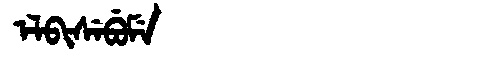
Manchu: ᡝᠯᠪᡳᠰᡝᠪᡠᠮᡝ
Romanization: ELBISEBUME